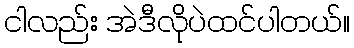
ငါလည်း အဲဒီလိုပဲထင်ပါတယ်။